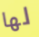
لها